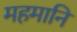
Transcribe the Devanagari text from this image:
महमानि